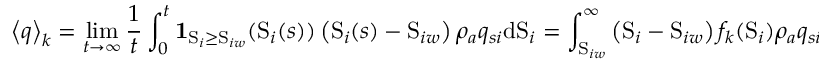
\left\langle q \right\rangle _ { k } = \operatorname* { l i m } _ { t \rightarrow \infty } \frac { 1 } { t } \int _ { 0 } ^ { t } \mathbf { 1 } _ { \mathrm { S } _ { i } \geq \mathrm { S } _ { i w } } ( \mathrm { S } _ { i } ( s ) ) \left( \mathrm { S } _ { i } ( s ) - \mathrm { S } _ { i w } \right) \rho _ { a } q _ { s i } \mathrm { d } \mathrm { S } _ { i } = \int _ { \mathrm { S } _ { i w } } ^ { \infty } \left( \mathrm { S } _ { i } - \mathrm { S } _ { i w } \right) f _ { k } ( \mathrm { S } _ { i } ) \rho _ { a } q _ { s i } \mathrm { d } \mathrm { S } _ { i }